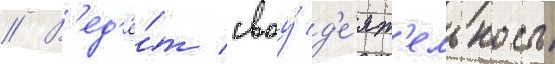
// В'ед'ё́т своу́ д'е́ят'ельность